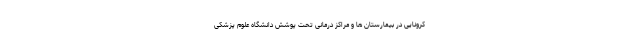
کرونایی در بیمارستان ها و مراکز درمانی تحت پوشش دانشگاه علوم پزشکی